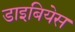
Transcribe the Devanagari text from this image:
डाइबियेस